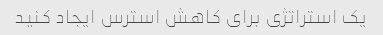
یک استراتژی برای کاهش استرس ایجاد کنید